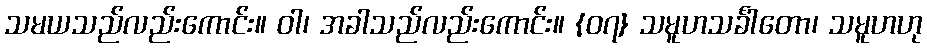
သမယသည်လည်းကောင်း။ ဝါ၊ အခါသည်လည်းကောင်း။ {၀၇} သမူဟသင်္ခါတော၊ သမူဟဟု